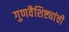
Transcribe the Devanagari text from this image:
गुणवैशिष्ट्यांची